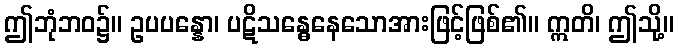
ဤဘုံဘဝ၌။ ဥပပန္နော၊ ပဋိသန္ဓေနေသောအားဖြင့်ဖြစ်၏။ ဣတိ၊ ဤသို့။